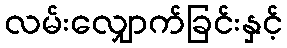
လမ်းလျှောက်ခြင်းနှင့်